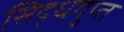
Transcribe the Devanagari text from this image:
सिद्धगुप्त